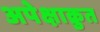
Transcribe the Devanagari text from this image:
अपेक्षाक्रुत